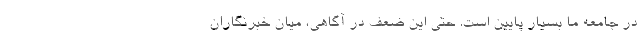
در جامعه ما بسیار پایین است. حتی این ضعف در آگاهی، میان خبرنگاران